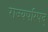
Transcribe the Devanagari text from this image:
राज्यपरिषद्